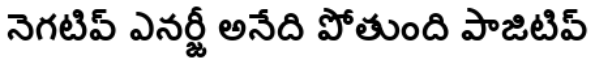
నెగటివ్ ఎనర్జీ అనేది పోతుంది పాజిటివ్